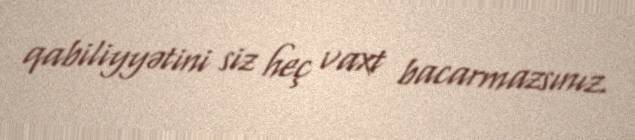
qabiliyyətini siz heç vaxt bacarmazsınız.